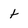
Character: t